Scottish Leaving Certificate Examination, 1955
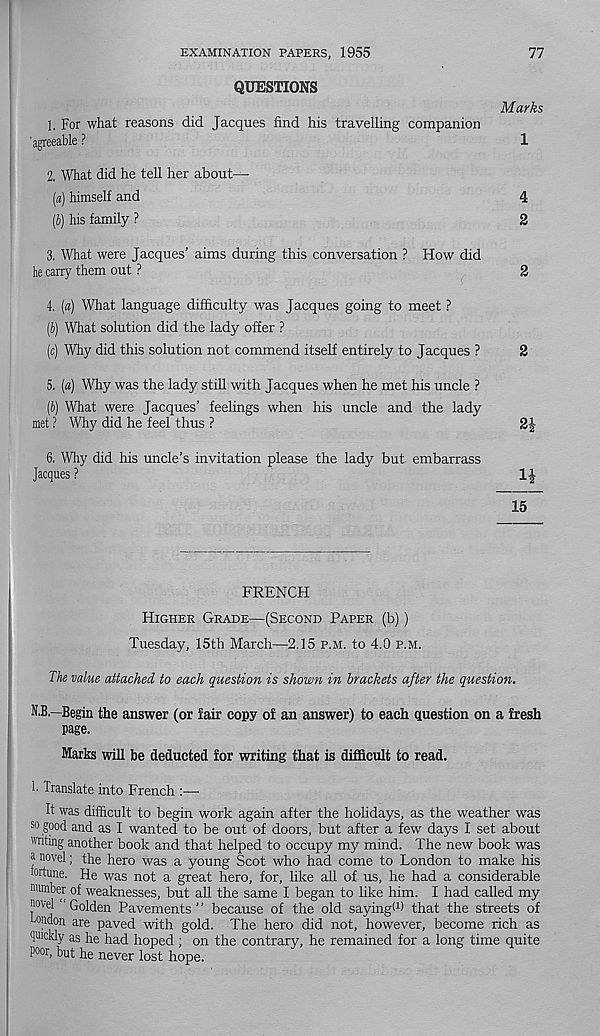
EXAMINATION PAPERS, 1955
77
Marks
1
4
2
2
2
J4
15
FRENCH
Higher Grade—(Second Paper (b))
Tuesday, 15th March—2.15 p.m. to 4.0 p.m.
The value attached to each question is shown in brackets after the question.
N.B.—Begin the answer (or fair copy of an answer) to each question on a fresh
page.
Marks will be deducted for writing that is difficult to read.
!• Translate into French :—
It was difficult to begin work again after the holidays, as the weather was
so good and as I wanted to be out of doors, but after a few days I set about
writing another book and that helped to occupy my mind. The new book was
a novel; the hero was a young Scot who had come to London to make his
■ortune. He was not a great hero, for, like all of us, he had a considerable
number of weaknesses, but all the same I began to like him. I had called my
novel ‘Golden Pavements” because of the old saying! 1 ) that the streets of
tondon are paved with gold. The hero did not, however, become rich as
quickly as he had hoped ; on the contrary, he remained for a long time quite
Poor, but he never lost hope.
QUESTIONS
1. For what reasons did Jacques find his travelling companion
'agreeable ?
2. What did he tell her about—
(a) himself and
(5) his family ?
3. What were Jacques’ aims during this conversation ? How did
he carry them out ?
4. (a) What language difficulty was Jacques going to meet ?
(i>) What solution did the lady offer ?
(c) Why did this solution not commend itself entirely to Jacques ?
5. («) Why was the lady still with Jacques when he met his uncle ?
(b) What were Jacques’ feelings when his uncle and the lady
met ? Why did he feel thus ?
6. Why did his uncle’s invitation please the lady but. embarrass
Jacques ?